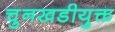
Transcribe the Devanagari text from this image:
चुनखडीयुक्त